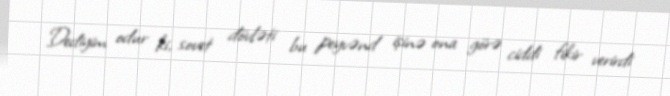
Dediyim odur ki, sovet dövləti bu peyvənd işinə ona görə ciddi fikir verirdi